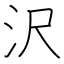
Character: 沢